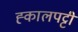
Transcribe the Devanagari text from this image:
ह्कालपट्टी